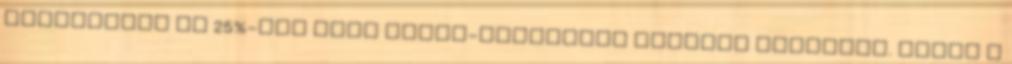
varrógépet és 25%-kal több motor-kerékpárt kellett gyártani. Ezzel a